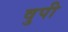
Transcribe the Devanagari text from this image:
वुपी